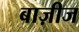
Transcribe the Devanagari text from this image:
बाज़ीज